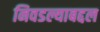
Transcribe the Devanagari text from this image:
निवडल्याबद्दल